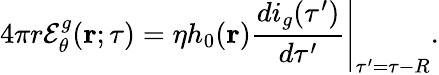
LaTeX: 4\pi r{\mathcal E}_{\theta}^{g}({\mathbf r};\tau)=\eta h_{0}({\mathbf r})\left.\frac{di_{g}(\tau^{\prime})}{d\tau^{\prime}}\right\vert_{\tau^{\prime}=\tau-R}.